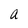
Character: a